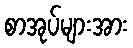
စာအုပ်များအား